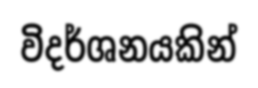
විදර්ශනයකින්